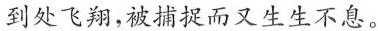
到处飞翔，被捕捉而又生生不息。